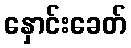
နှောင်းခေတ်